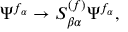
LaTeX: \Psi ^ { f _ { \alpha } } \rightarrow S _ { \beta \alpha } ^ { ( f ) } \Psi ^ { f _ { \alpha } } ,